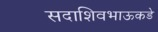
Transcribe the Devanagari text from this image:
सदाशिवभाऊकडे